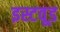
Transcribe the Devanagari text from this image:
इस्टवूड